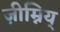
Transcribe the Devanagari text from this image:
ज़ीम्निय्